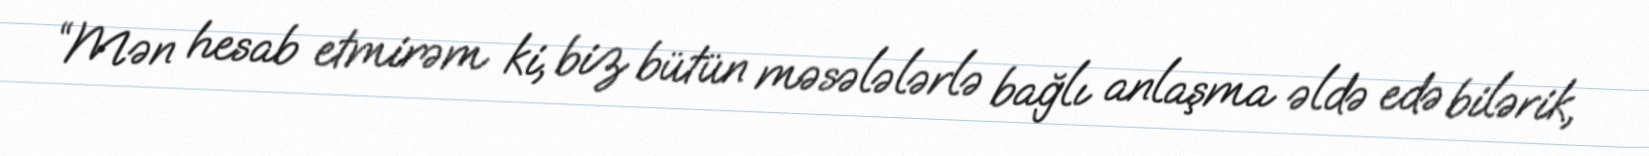
“Mən hesab etmirəm ki, biz bütün məsələlərlə bağlı anlaşma əldə edə bilərik,